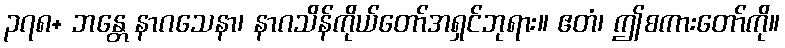
၃၇၈+ ဘန္တေ နာဂသေနာ၊ နာဂသိန်ကိုယ်တော်အရှင်ဘုရား။ ဧတံ၊ ဤစကားတော်ကို။